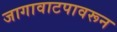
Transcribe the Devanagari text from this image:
जागावाटपावरून